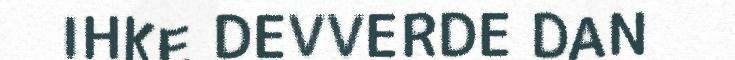
IHKE DEVVERDE DAN